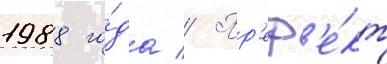
1988 го́да // Пр'еф'е́кт